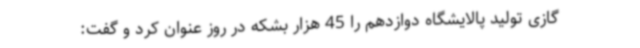
گازی تولید پالایشگاه دوازدهم را 45 هزار بشکه در روز عنوان کرد و گفت: